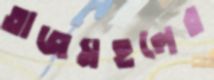
তাজমহলের